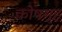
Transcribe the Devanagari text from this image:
कोषगृह